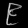
Digit: ၉